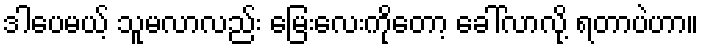
ဒါပေမယ့် သူမလာလည်း မြေးလေးကိုတော့ ခေါ်လာလို့ ရတာပဲဟာ။